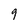
Character: 9